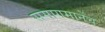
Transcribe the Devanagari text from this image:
समागमानेंच